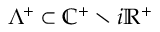
\Lambda ^ { + } \subset \mathbb { C } ^ { + } \setminus i \mathbb { R } ^ { + }